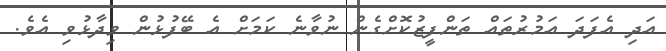
އަދި އެފަދަ އަމުރުތައް ތަންފީޒުކޮށްގެން ނުވާނެ ކަމަށް އެ ބޭފުޅުން ވިދާޅުވި އެވެ.